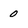
Character: 0